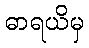
ဓာရယိမှ